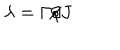
\lambda = \Gamma / J